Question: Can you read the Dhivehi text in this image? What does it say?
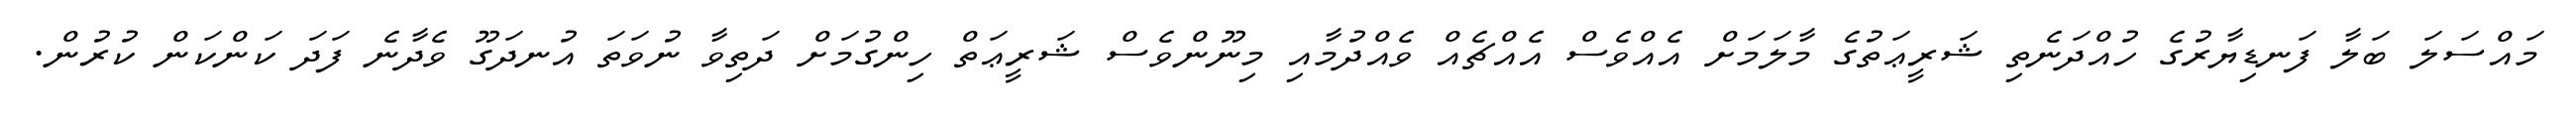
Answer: މައްސަލަ ބަލާ ފަނޑިޔާރުގެ ހުއްދަނެތި ޝަރީޢަތުގެ މާލަމަށް އެއްވެސް އެއްޗެއް ވެއްދުމާއި މިނޫންވެސް ޝަރީޢަތް ހިންގުމަށް ދަތިވާ ނުވަތަ އުނދަގޫ ވެދާނެ ފަދަ ކަންކަން ކުރުން.